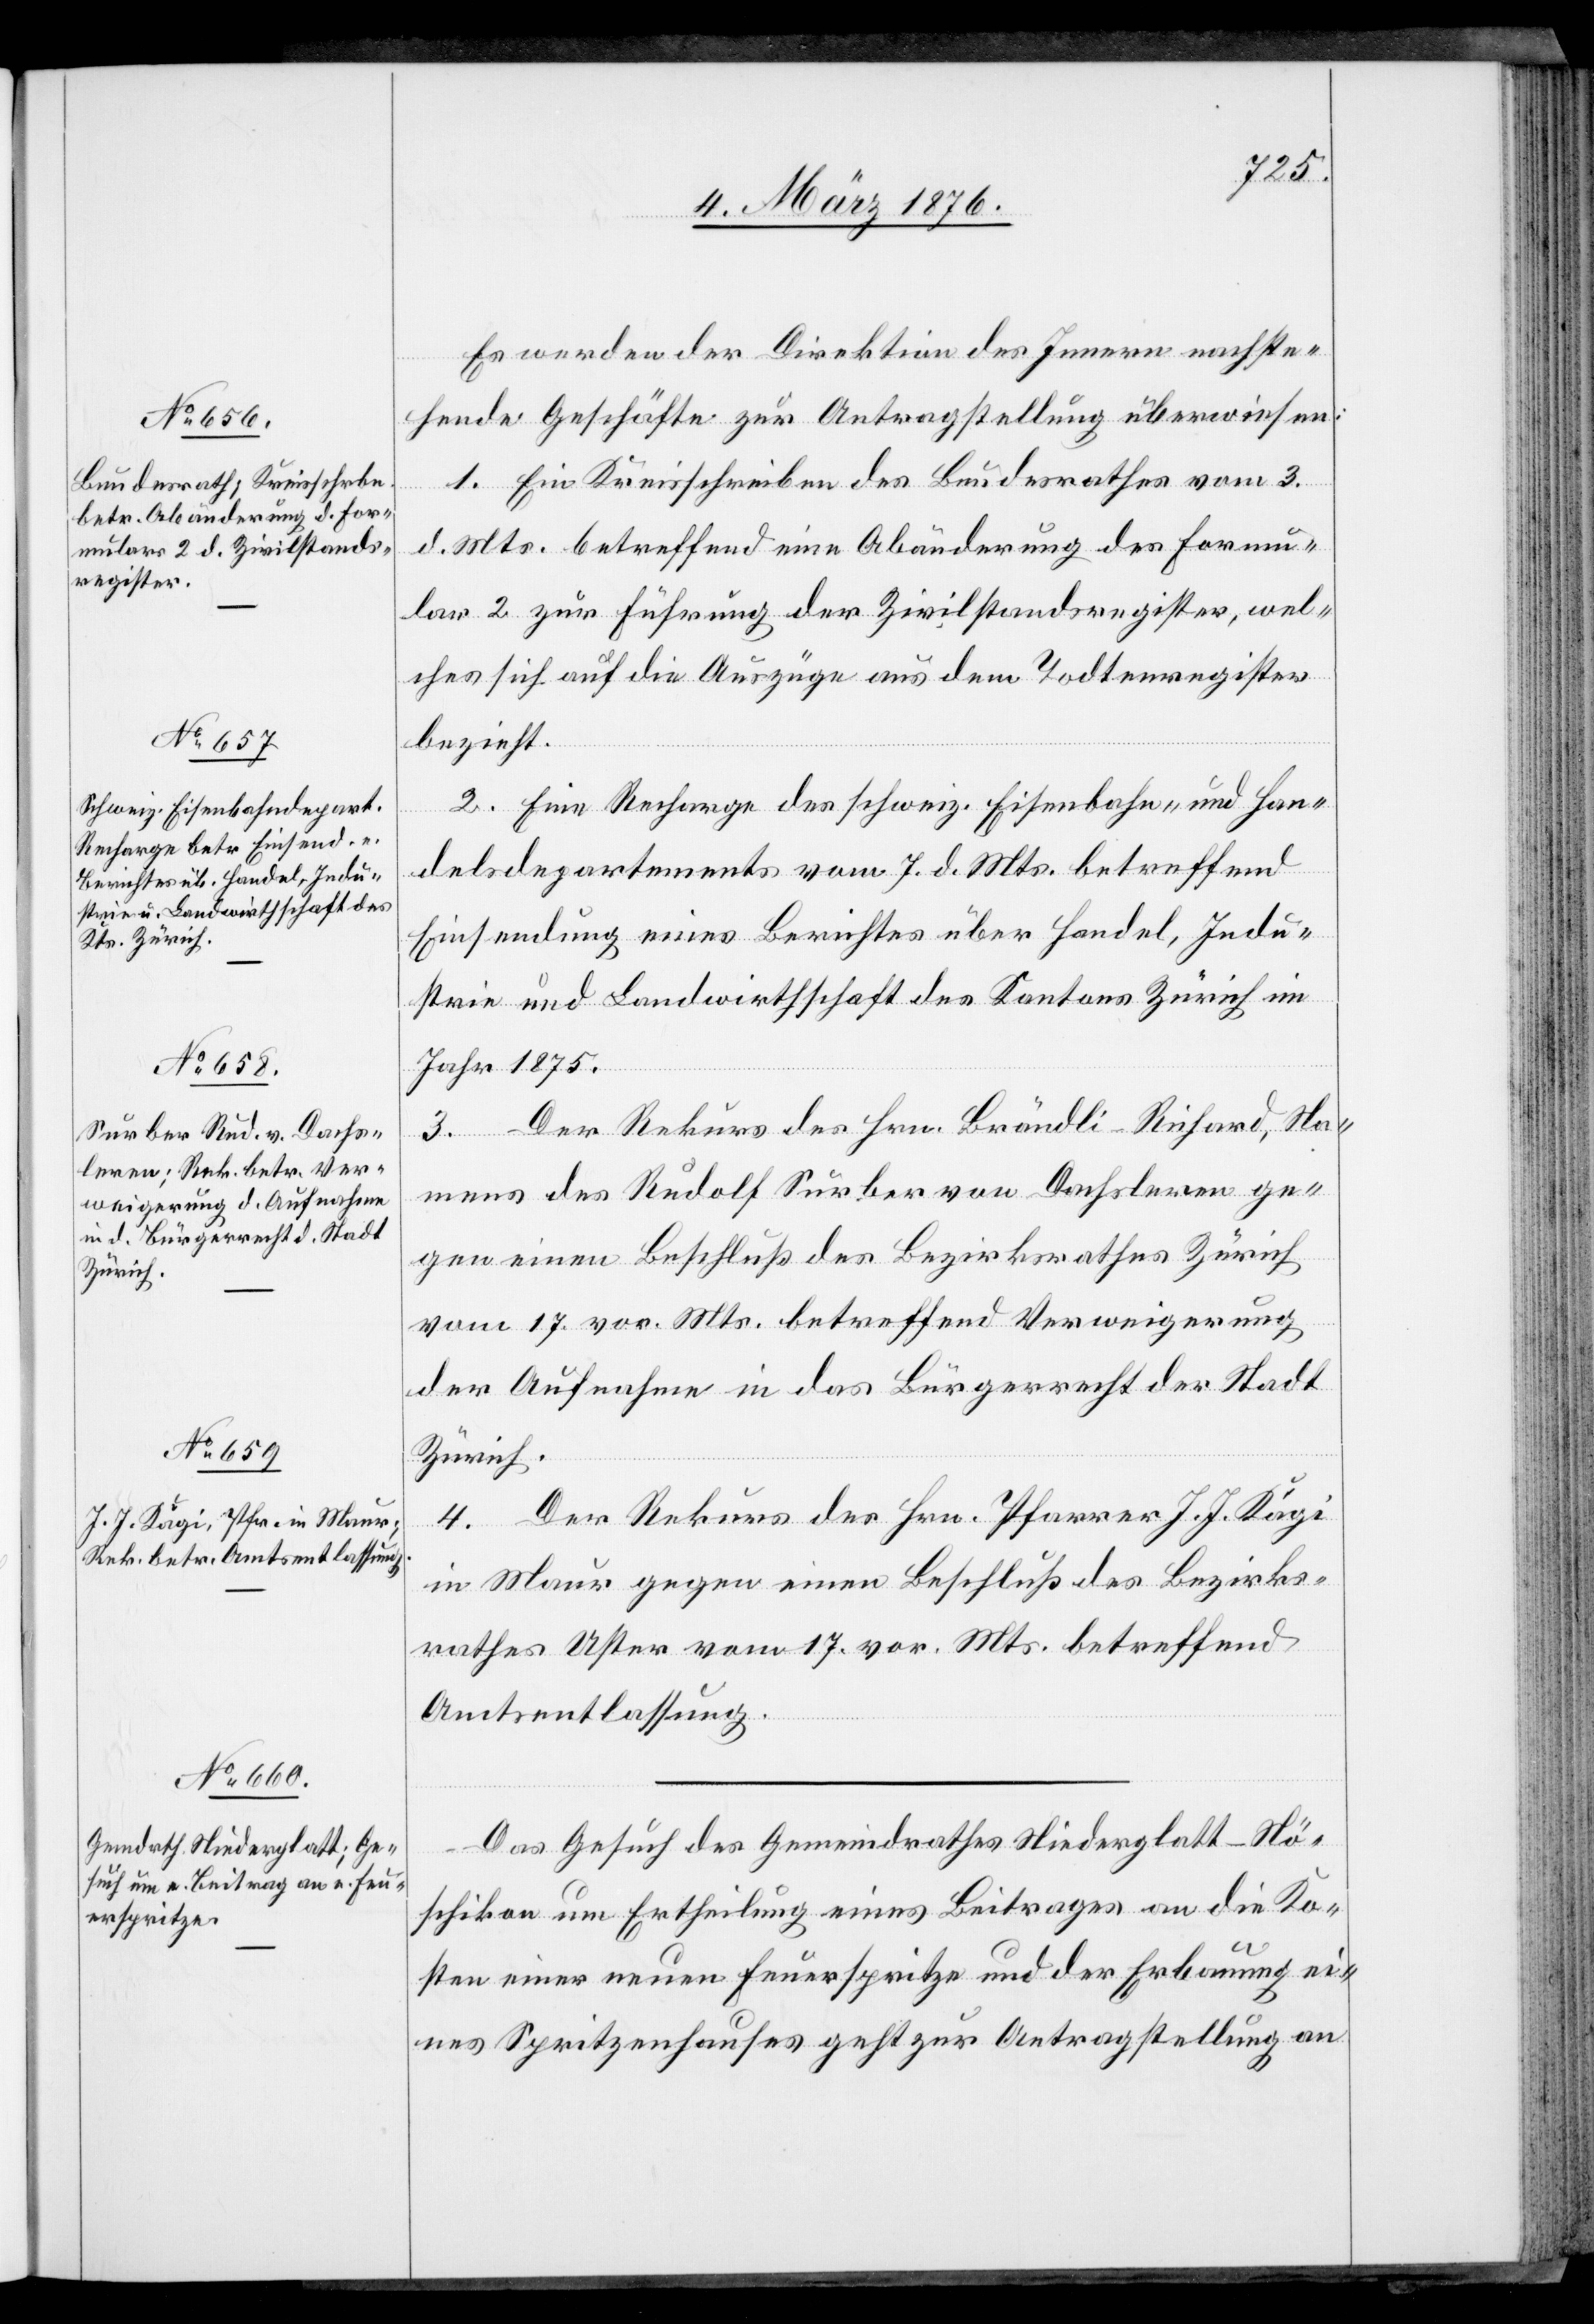
9. März 1876.]
Es werden der Direktion des Innern nachste¬
hende Geschäfte zur Antragstellung überwiesen:
1. Ein Kreisschreiben des Bundesrathes vom 3.
d. Mts. betreffend eine Abänderung des Formu¬
lar 2 zur Führung der Zivilstandsregister, wel¬
ches sich auf die Auszüge aus dem Todtenregister
bezieht.
2. Eine Recharge des schweiz. Eisenbahn- und Han¬
delsdepartements vom 7. d. Mts. betreffend
Einsendung eines Berichtes über Handel, Indu¬
strie und Landwirtschaft des Kantons Zürich im
Jahr 1875.
3. Der Rekurs des Hrn. Brändli-Richard, Na¬
mens des Rudolf Surber von Dachsleren ge¬
gen einen Beschluß des Bezirksrathes Zürich
vom 17. vor. Mts. betreffend Verweigerung
der Aufnahme in das Bürgerrecht der Stadt
Zürich.
4. Der Rekurs des Hrn. Pfarrer J. J. Kägi
in Maur gegen einen Beschluß des Bezirks¬
rathes Uster vom 17. vor. Mts. betreffend
Amtsentlassung.
Das Gesuch des Gemeindrathes Niederglatt-Nö¬
schikon um Ertheilung eines Beitrages an die Ko¬
sten einer neuen Feuerspritze und der Erbauung ei¬
nes Spritzenhauses geht zur Antragstellung an